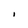
Character: I